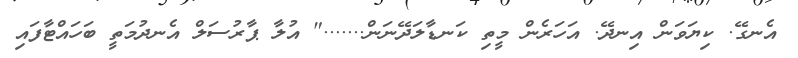
އެނގޭ. ކިޔަވަން އިނދޭ. އަހަރެން މީތި ކަނޑާލަދޭނަން......." އުލާ ޕާރުސަލް އެނދުމަތީ ބަހައްޓާފައި